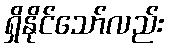
ရှိနိုင်သော်လည်း